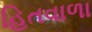
હિતવાળા